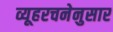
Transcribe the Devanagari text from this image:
व्यूहरचनेनुसार